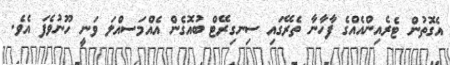
އެގޮތުން ޓެރެއިންއެއްގެ ފާހާނާ ތެރޭގައި ސިނގިރޭޓް ބުއޮގެން އެއްމަސއްލަ ވަނީ ހޫނުވެފަ އެވެ.